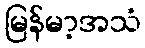
မြန်မာ့အသံ